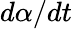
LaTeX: d\alpha/dt